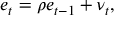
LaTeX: e _ { t } = \rho e _ { t - 1 } + \nu _ { t } ,